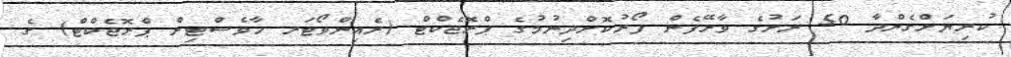
ކުރިޔަށްގެންދާ 50 ރަށުގެ ވާރޭފެން ފޯރުކޮށްދިނުމުގެ ޕްރޮޖެކްޓް (ރެއިންވޯޓަރ ހާވެސްޓިން ޕްރޮޖެކްޓް) ގެ